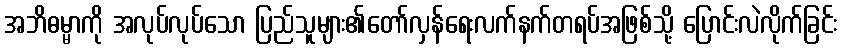
အဘိဓမ္မာကို အလုပ်လုပ်သော ပြည်သူများ၏တော်လှန်ရေးလက်နက်တရပ်အဖြစ်သို့ ပြောင်းလဲလိုက်ခြင်း